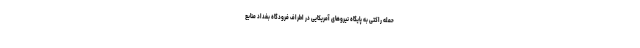
حمله راکتی به پایگاه نیروهای آمریکایی در اطراف فرودگاه بغداد منابع